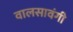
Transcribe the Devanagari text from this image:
वालसावंगी